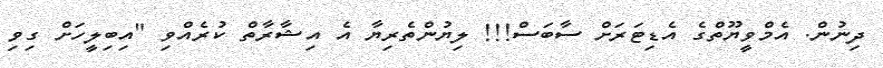
ދިނުން. އެމްވީޔޫތްގެ އެޑިޓަރަށް ސާބަސް!!! ލިޔުންތެރިޔާ އެ އިޝާރާތް ކުރެއްވި "އިބިލީހަށް ގިވި